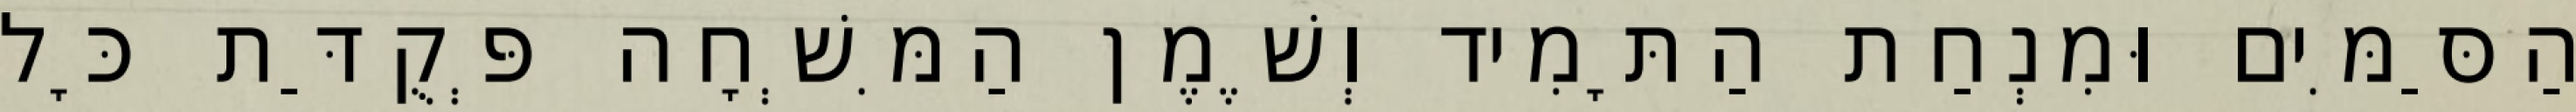
הַסַּמִּים וּמִנְחַת הַתָּמִיד וְשֶׁמֶן הַמִּשְׁחָה פְּקֻדַּת כָּל